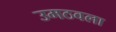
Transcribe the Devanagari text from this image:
उमठवला